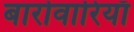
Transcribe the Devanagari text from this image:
बारोवारियाँ